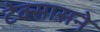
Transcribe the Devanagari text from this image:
टेक्सासने